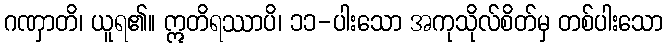
ဂဏှာတိ၊ ယူရ၏။ ဣတိရဿာပိ၊ ၁၁-ပါးသော အကုသိုလ်စိတ်မှ တစ်ပါးသော